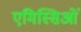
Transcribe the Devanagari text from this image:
एमिस्सिओं